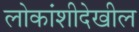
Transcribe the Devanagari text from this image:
लोकांशीदेखील